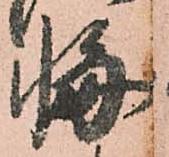
悔